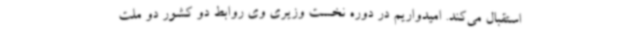
استقبال می‌کند. امیدواریم در دوره نخست وزیری وی روابط دو کشور دو ملت